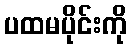
ပထမပိုင်းကို